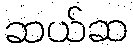
ဆယ်ဆ